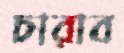
চারাব